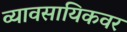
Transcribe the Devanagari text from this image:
व्यावसायिकवर